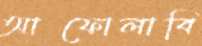
আফোলাবি